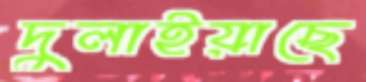
দুলাইয়াছে